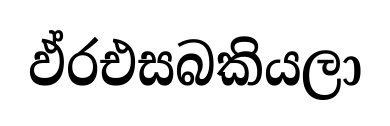
ඵ්රඑසබකියලා